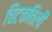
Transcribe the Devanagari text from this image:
चिटकविली